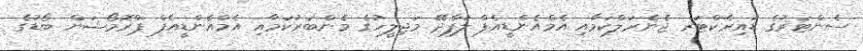
ސެންޓަރުގެ ޑައިރެކްޓަރ ޖެނެރަލްކަމާއި އެމްއެންޑީއެފް ލަފާދޭ މަޖިލީހުގެ މެންބަރުކަމާއި އެމްއެންޑީއެފް ޕްރޮމޯޝަން ބޯޑުގެ